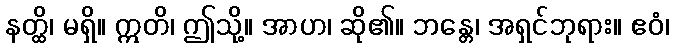
နတ္ထိ၊ မရှိ။ ဣတိ၊ ဤသို့။ အာဟ၊ ဆို၏။ ဘန္တေ၊ အရှင်ဘုရား။ ဧဝံ၊